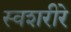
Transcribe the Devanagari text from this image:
स्वशरीरे